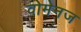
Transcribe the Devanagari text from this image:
वोमेनज